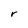
Character: r